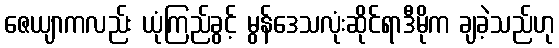
ဇေယျာကလည်း ယုံကြည်ခွင့် မွန်ဒေသလုံးဆိုင်ရာဒီမိုက ချခဲ့သည်ဟု